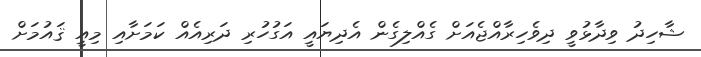
ޝާހިދު ވިދާޅުވީ ދިވެހިރާއްޖެއަށް ގެއްލިގެން އެދިޔައީ އަގުހުރި ދަރިއެއް ކަމަށާއި މިއީ ޤައުމަށް